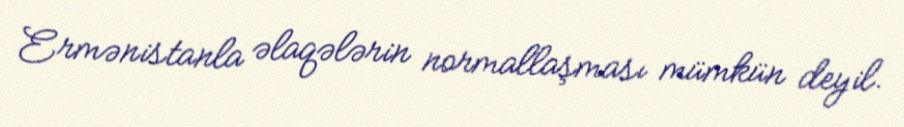
Ermənistanla əlaqələrin normallaşması mümkün deyil.